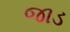
જાડ